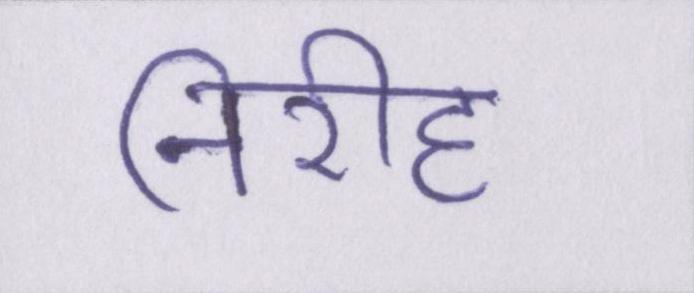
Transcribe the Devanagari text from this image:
निरीह